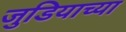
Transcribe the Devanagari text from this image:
जुडियाच्या